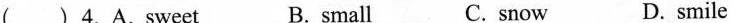
( )4.A.Sweet B. small C.snow D. smile